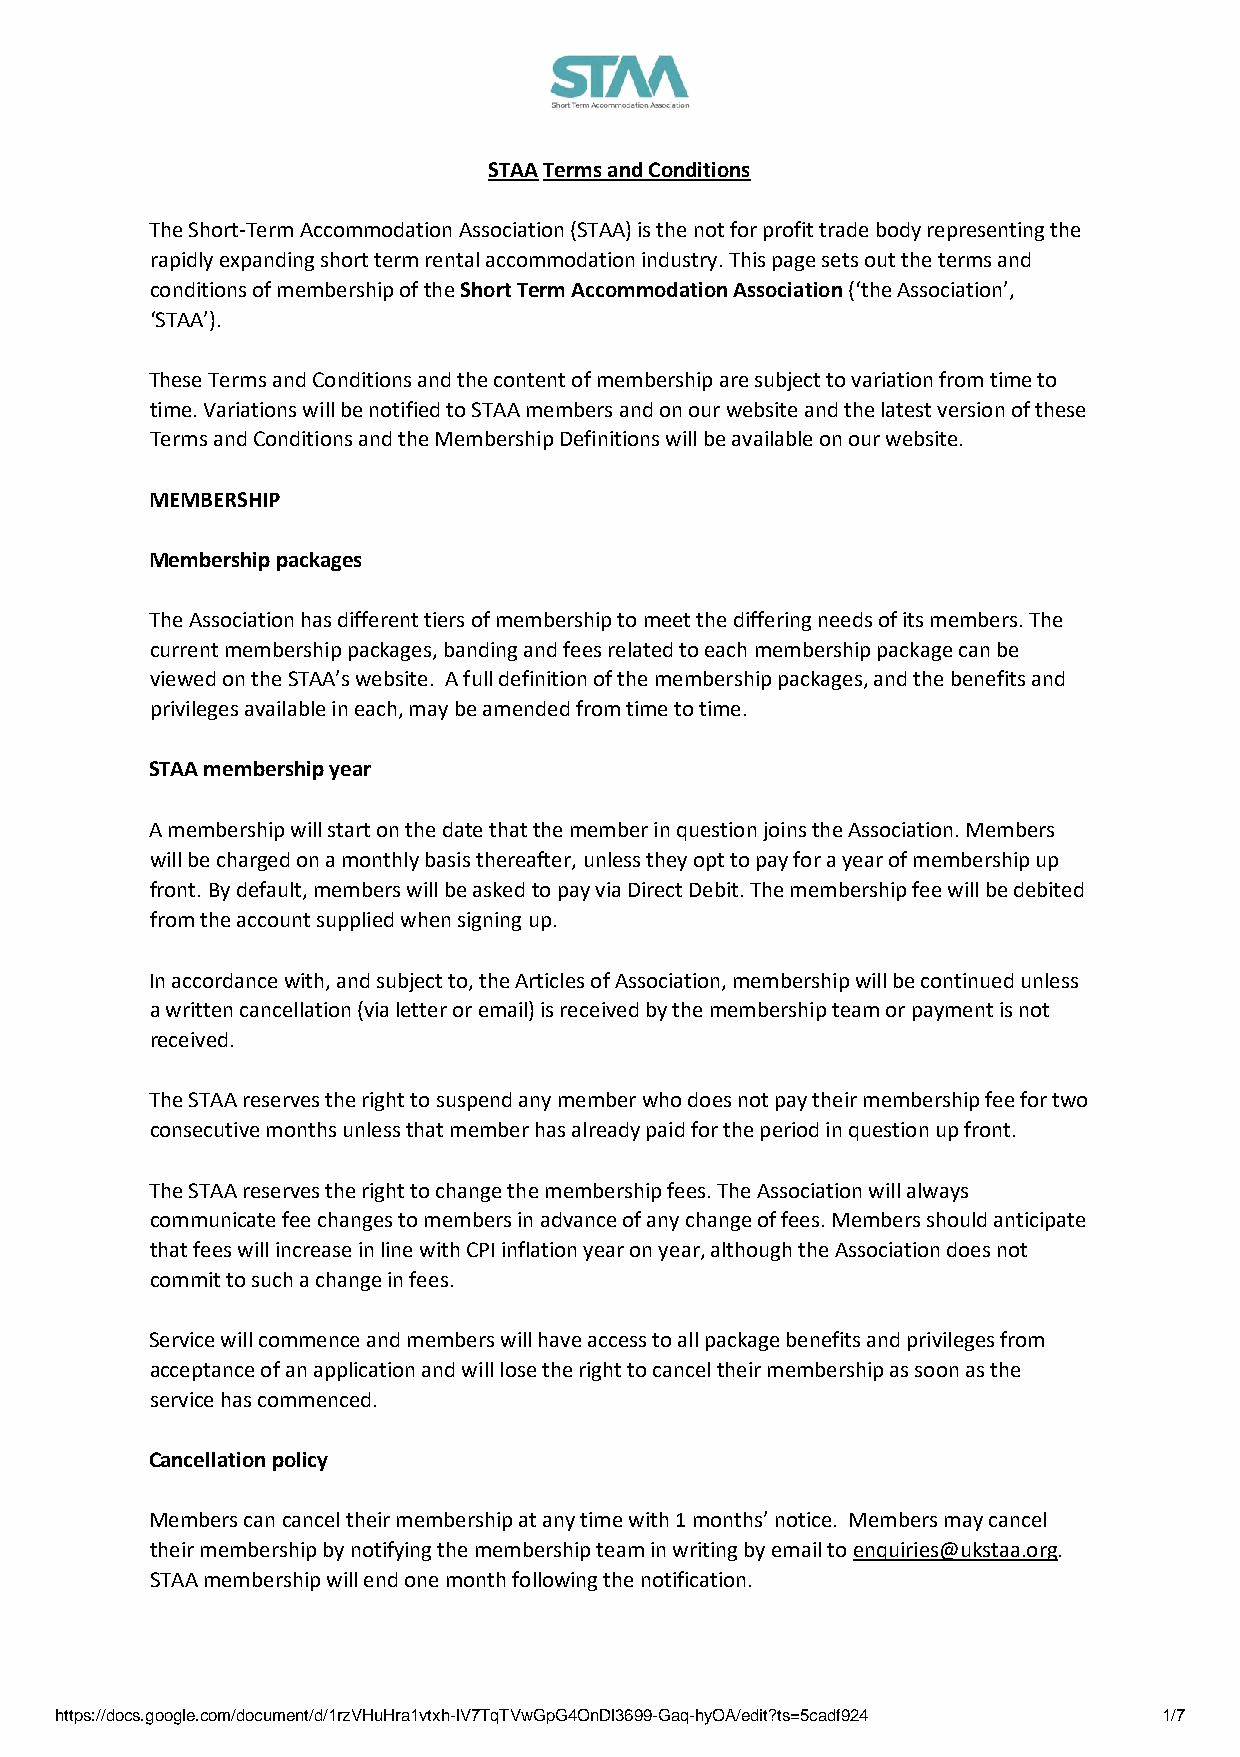
STAA Terms and Conditions
 The Short-Term Accommodation Association (STAA) is the not for profit trade body representing the
 rapidly expanding short term rental accommodation industry. This page sets out the terms and
 conditions of membership of the Short Term Accommodation Association (‘the Association’,
 ‘STAA’).
 These Terms and Conditions and the content of membership are subject to variation from time to
 time. Variations will be notified to STAA members and on our website and the latest version of these
 Terms and Conditions and the Membership Definitions will be available on our website.
 MEMBERSHIP
 Membership packages
 The Association has different tiers of membership to meet the differing needs of its members. The
 current membership packages, banding and fees related to each membership package can be
 viewed on the STAA’s website. A full definition of the membership packages, and the benefits and
 privileges available in each, may be amended from time to time.
 STAA membership year
 A membership will start on the date that the member in question joins the Association. Members
 will be charged on a monthly basis thereafter, unless they opt to pay for a year of membership up
 front. By default, members will be asked to pay via Direct Debit. The membership fee will be debited
 from the account supplied when signing up.
 In accordance with, and subject to, the Articles of Association, membership will be continued unless
 a written cancellation (via letter or email) is received by the membership team or payment is not
 received.
 The STAA reserves the right to suspend any member who does not pay their membership fee for two
 consecutive months unless that member has already paid for the period in question up front.
 The STAA reserves the right to change the membership fees. The Association will always
 communicate fee changes to members in advance of any change of fees. Members should anticipate
 that fees will increase in line with CPI inflation year on year, although the Association does not
 commit to such a change in fees.
 Service will commence and members will have access to all package benefits and privileges from
 acceptance of an application and will lose the right to cancel their membership as soon as the
 service has commenced.
 Cancellation policy
 Members can cancel their membership at any time with 1 months’ notice. Members may cancel
 their membership by notifying the membership team in writing by email to enquiries@ukstaa.org.
 STAA membership will end one month following the notification.
 https://docs.google.com/document/d/1rzVHuHra1vtxh-lV7TqTVwGpG4OnDl3699-Gaq-hyOA/edit?ts=5cadf924 1/7